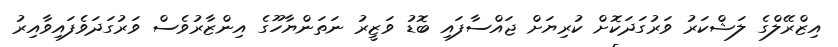
އިޒްރޭލްގެ ލަޝްކަރު ވަރުގަދަކޮށް ކުރިޔަށް ޖައްސާފައި ބޮޑު ވަޒީރު ނަތަންޔާހޫގެ އިންޒާރުވެސް ވަރުގަދަވެފައިވާއިރު